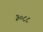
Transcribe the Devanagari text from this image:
३०८८